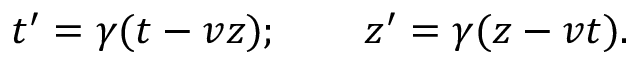
t ^ { \prime } = \gamma ( t - v z ) ; \qquad z ^ { \prime } = \gamma ( z - v t ) .